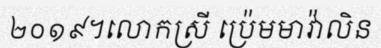
២០១៩។លោកស្រី ប្រ៉េមមាវ៉ាលិន